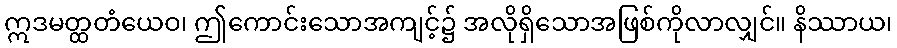
ဣဒမတ္ထတံယေဝ၊ ဤကောင်းသောအကျင့်၌ အလိုရှိသောအဖြစ်ကိုလာလျှင်။ နိဿာယ၊